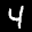
Label: 4